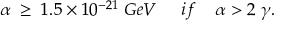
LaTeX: \alpha \; \geq \; 1 . 5 \times 1 0 ^ { - 2 1 } \; G e V \; \; \; \; \; i f \; \; \; \; \alpha > 2 \; \gamma .